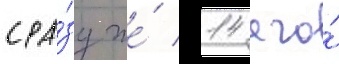
сра́зу же́ 14 его́